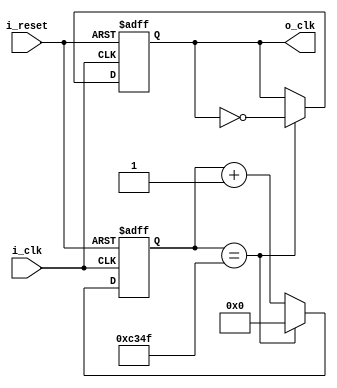
module ClockDivider_1KHz(
    input i_clk,
    input i_reset,
    output o_clk
    );

    reg r_clk = 1'b0;
    reg [31:0] r_counter = 0;

    assign o_clk = r_clk;

    always @(posedge i_clk or posedge i_reset) begin
        if (i_reset) begin
            r_clk <= 1'b0;
            r_counter <= 0;
        end
        else begin
            if (r_counter == 50000 - 1) begin
                r_clk <= ~r_clk;
                r_counter <= 0;
            end
            else begin
                r_counter <= r_counter + 1;
            end
        end
    end
endmodule